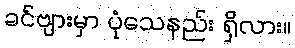
ခင်ဗျားမှာ ပုံသေနည်း ရှိလား။